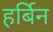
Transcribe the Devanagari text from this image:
हर्बिन